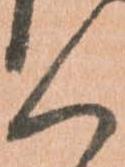
く